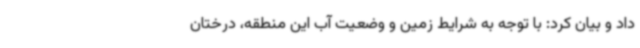
داد و بیان کرد: با توجه به شرایط زمین و وضعیت آب این منطقه، درختان